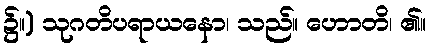
၌။) သုဂတိပရာယနော၊ သည်။ ဟောတိ၊ ၏။